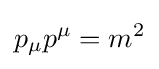
p_{\mu }p^{\mu }=m^{2}